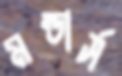
মন্ডার্স